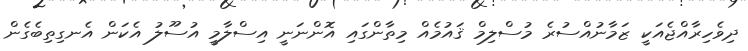
ދިވެހިރާއްޖެއަކީ ޒަމާނުއްސުރެ މުސްލިމް ޤައުމެއް މިތާންގައި އޮންނަނީ އިސްލާމީ އުސޫލު އެކަން އެނގިތިބެގެން